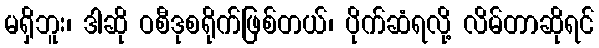
မရှိဘူး၊ ဒါဆို ဝစီဒုစရိုက်ဖြစ်တယ်၊ ပိုက်ဆံရလို့ လိမ်တာဆိုရင်